Lunatic asylums Madras 1892-1911 - 1892-1911
Year: 1892
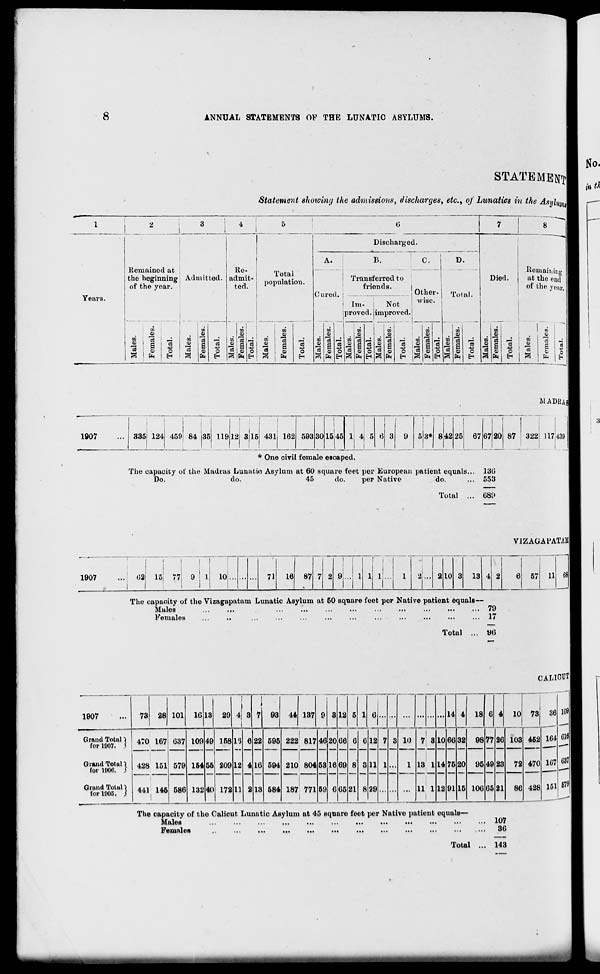
ANNUAL STATEMENTS OF THE LUNATIC ASYLUMS.
Years.
STATEMENT
Statement showing the admissions, discharges, etc., oj Lunatics in the Asyl
mi
Remained at
the beginning j Admitted,
of the year.
£
o9
a C3
o
EH
CO
o
"3
o
EH
lie-
admit-'
ted.
- .)
71 :
CD
v. m
01
"3 a C5 I
o
3 fa Hi
Total
population.
CO
0)
03
a
fa
a
o
EH
Discharged.
A.
B.
Transferred to
friends.
Cured, j
I
1m-
Not
i proved. |im proved.
Other-
wise.
D.
Total.
o
EH
CO
o
Died.
M
c
EH
Remaining
at the end
of the year,
_; ' en
A
i
0)
■g ' g
EH I a
®
c9
s
Hi
MADBAi
1907
459i 84 135 119 12 3|15| 431i 162 593 30 15,45 1 1 f
8*
42 25 67 67 20 87 322
* One civil female escaped.
The capacity of the Madras Lunatic Asylum at 60 square feet per European patient equals... 1315
Do.
do.
45
do.
per Native
do.
... 553
Total
689
1171439
1907
(12
VlZAGAl'A TAM
is! 77 T 10
71
16 87 7 2
8
... 1
1
1
!
l...
l
J... 2 10 3 13 4 2 6 57 11 68
The capacity of the Vizagapatam Lunatic Asylum at 50 square feet per Native patient equals—
Males
79
Females
...
..
...
...
...
...
...
...
...
...
...
... 17
Total ... 90
1907
Grand Totnl}
for 1007. )
Grand Totul \
for 1006. 5
Grand Tot id i
for 1005. S
73 28 101 1G 18 29
93 44 137
12
4T0 167
428 151
441 146
637
579
586
109
154
13!
49
55
40
158
209
172
22
16
U
595
594
584
1
222 817 46 20 66 6 6 12
210 804 53 16 69 8 8 11
187 771
1
59
0
65 21 8 29
10 7 8
13 1
11 1
10
14
12
11
66
75
91
18 6
32
20
15
98
95
106
77
49
65
26
23
21
CALICUT
10 78
103
72
86
36
462
470
428
164
167
151
U18
037
679
The capacity of the Calicut Lunatic Asylum at 45 square feet per Native patient equals-
Males
Females
•••
•••
•••
• ••
|(|
|t|
Ml
107
30
Total ... 143